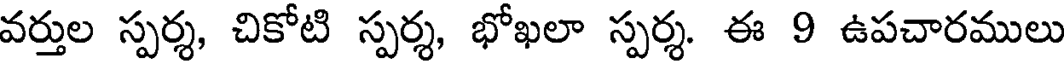
వర్తుల స్పర్శ, చికోటి స్పర్శ, భోఖలా స్పర్శ. ఈ 9 ఉపచారములు